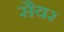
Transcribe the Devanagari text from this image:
सैयर